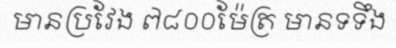
មានប្រវែង ៧៨០០ម៉ែត្រ មានទទឹង